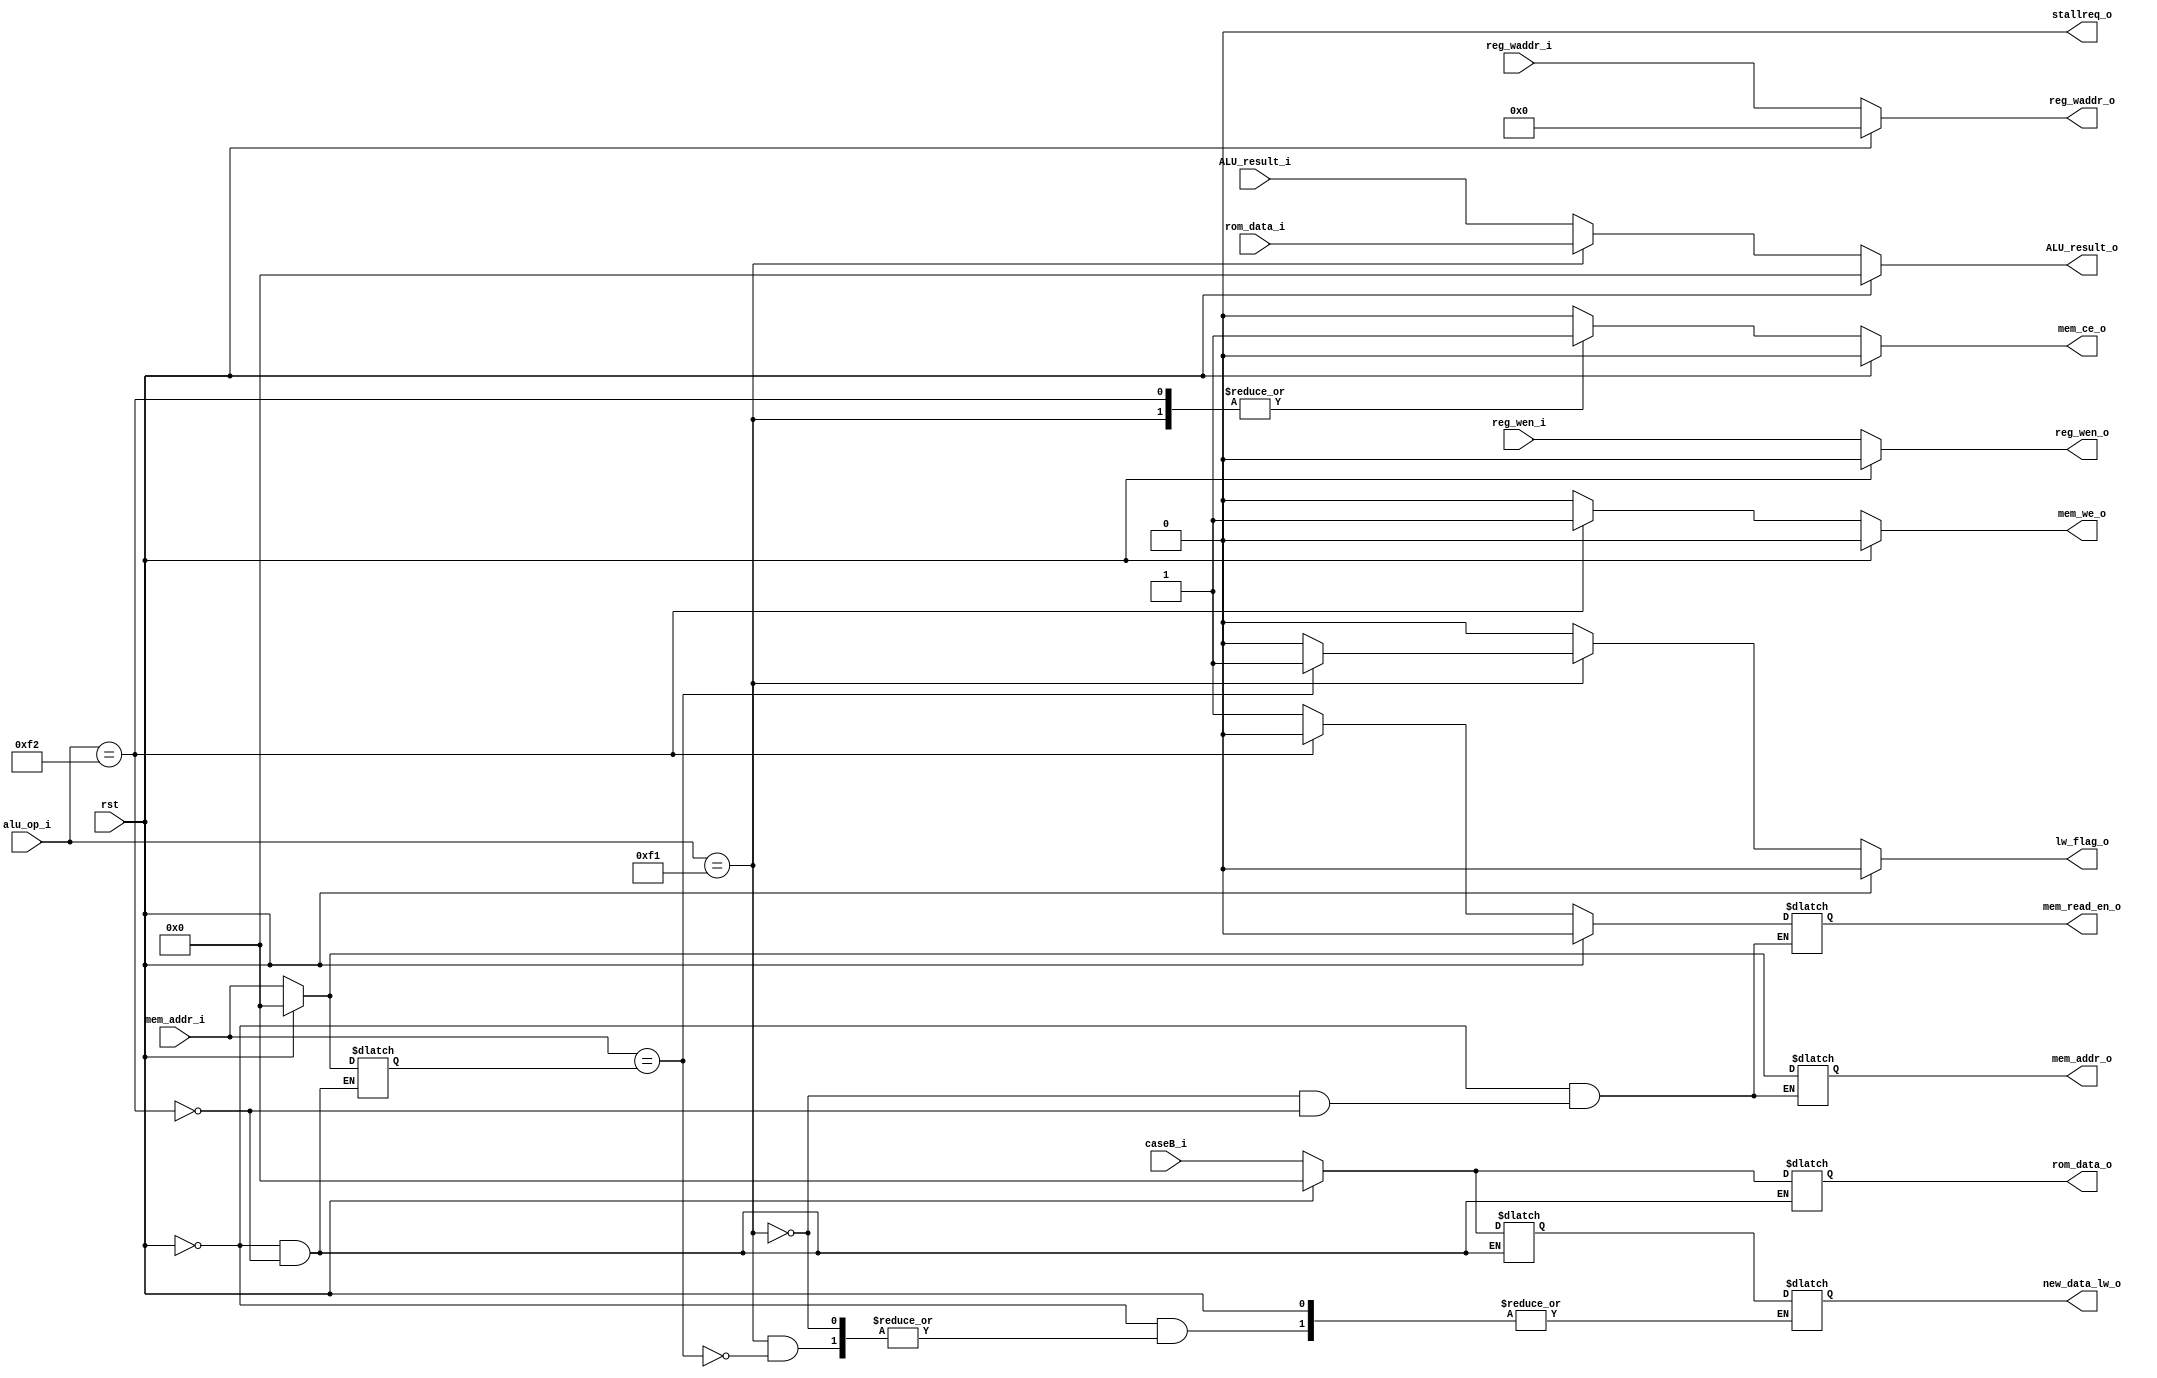
module MEM (
    input rst,

//  
    input [31:0]ALU_result_i,
    input [4:0]reg_waddr_i,
    input reg_wen_i,

    input [7:0]alu_op_i,
    input [31:0]mem_addr_i,
    input [31:0]caseB_i,

    input [31:0]rom_data_i,//

    output reg[31:0]mem_addr_o,
    output reg[31:0]rom_data_o,
    output reg mem_ce_o,
    output reg mem_we_o,

    output reg stallreq_o,

    output reg [31:0]ALU_result_o,
    output reg [4:0]reg_waddr_o,
    output reg reg_wen_o,
    output reg mem_read_en_o,

    output reg lw_flag_o, 
    output reg [31:0]new_data_lw_o
);
//wire [31:0] zero;
//reg mem_wen;
reg [31:0] old_addr_of_SW;
reg [31:0] old_data_of_SW;
//
//assign mem_we_o = mem_wen;
//assign zero = 32'h00000000;

always @(*) begin
    if(rst)begin
        ALU_result_o <= 32'h00000000;
        reg_waddr_o <= 5'b00000; 
        reg_wen_o <= 1'b0;

        mem_addr_o <= 32'h00000000;
        rom_data_o <= 32'h00000000;
        old_addr_of_SW <= 32'h00000000;
        old_data_of_SW <= 32'h00000000;

        mem_ce_o <= 1'b0;
        mem_read_en_o <= 1'b0;
        mem_we_o <= 1'b0;
        stallreq_o <= 1'b0;
        lw_flag_o <=1'b0;

    end else begin
        ALU_result_o <= ALU_result_i;
        reg_waddr_o <= reg_waddr_i; 
        reg_wen_o <= reg_wen_i;
        mem_ce_o <= 1'b0;
        //mem_addr_o <= 32'h00000000;
        //rom_data_o <= 32'h00000000;
        //mem_ce_o <= 1'b0;
        stallreq_o <= 1'b0;
        lw_flag_o <= 1'b0;
        mem_we_o <= 1'b0;
        case (alu_op_i)
            8'b11110001: begin//LW
                mem_addr_o <= mem_addr_i;
                //mem_sel_o <= 4'b0001;//LW
                ALU_result_o <= rom_data_i;
                mem_ce_o <= 1'b1;
                mem_we_o <= 1'b0;
                mem_read_en_o <= 1'b1;
                //stallreq_o <= 1'b1;
                //
                if(mem_addr_i == old_addr_of_SW)begin
                    //mem_we_o <= 1'b1;
                    //mem_read_en_o <= 1'b0;
                    new_data_lw_o <= old_data_of_SW;
                    lw_flag_o <= 1'b1;
                end
            end

            8'b11110010: begin//SW
                mem_addr_o <= mem_addr_i;
                old_addr_of_SW <=  mem_addr_i;
                old_data_of_SW <= caseB_i;
                //mem_sel_o <= 4'b0001;//SWLW
                rom_data_o <= caseB_i;
                mem_ce_o <= 1'b1;
                mem_we_o <= 1'b1;
                mem_read_en_o <= 1'b0;
                //stallreq_o <= 1'b1;
            end
            default: begin
            end
        endcase
    end
end
    
endmodule